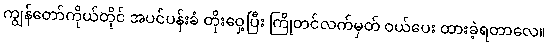
ကျွန်တော်ကိုယ်တိုင် အပင်ပန်းခံ တိုးဝှေ့ပြီး ကြိုတင်လက်မှတ် ဝယ်ပေး ထားခဲ့ရတာလေ။